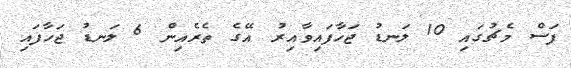
ފަސް މެޗުގައި 10 ލަނޑު ޖަހާފައިވާއިރު އޭގެ ތެރެއިން 6 ލަނޑު ޖަހާފައި